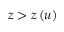
z > z \left( u \right)